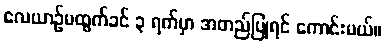
လေယာဉ်မထွက်ခင် ၃ ရက်မှာ အတည်ပြုရင် ကောင်းမယ်။